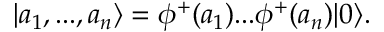
| a _ { 1 } , . . . , a _ { n } \rangle = \phi ^ { + } ( a _ { 1 } ) . . . \phi ^ { + } ( a _ { n } ) | 0 \rangle .